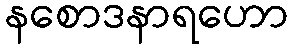
နစောဒနာရဟော